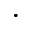
\cdot